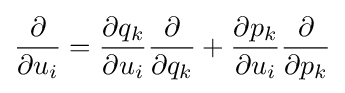
{\frac {\partial }{\partial u_{i}}}={\frac {\partial q_{k}}{\partial u_{i}}}{\frac {\partial }{\partial q_{k}}}+{\frac {\partial p_{k}}{\partial u_{i}}}{\frac {\partial }{\partial p_{k}}}